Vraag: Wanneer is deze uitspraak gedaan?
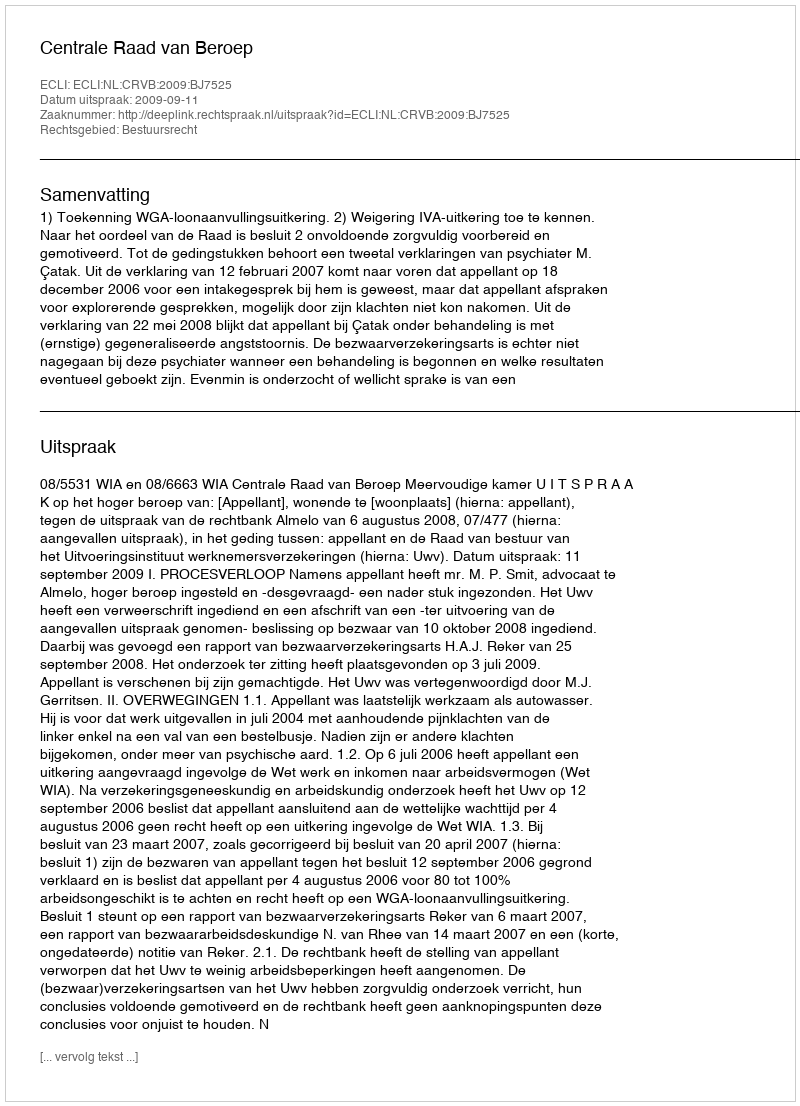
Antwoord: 2009-09-11